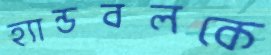
হ্যান্ডবলকে